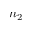
n _ { 2 }